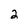
Character: 2